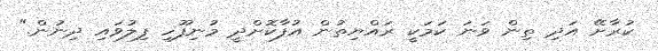
ކުރާށޭ އަދި ތިން ވަނަ ކަމަކީ ރައްޔިތުން އުފާކޮށްދީ މުނިފޫހި ފިލުވައި ދިނުން."